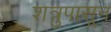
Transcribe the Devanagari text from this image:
शत्रुपासून